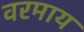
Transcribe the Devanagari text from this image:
वरमाय